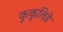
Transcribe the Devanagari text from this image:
कुकुलिडे